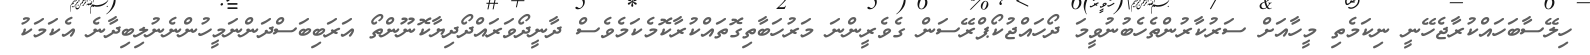
ހިލޭސާބަހައްކުރާޖެހޭނީ ނިކަމެތި މީހާއަށް ސަރުކާރުންތެހެބުނުވީމަ ދޯހައްޖުކޯޕްރޭސަން ގެވެރީންނަ މަރުހަބާތިގޮތައްކުރާކޮމެކަމެވެސް ދާނީދޯވަރައްދޯދިޔާކޮނޫންތޯ އަރަބިބަސްދަންނަމީހުންނެނުލިބިދާނެ އެކަމަކު